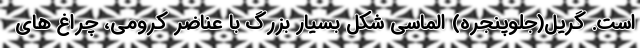
است. گریل(جلوپنجره) الماسی شکل بسیار بزرگ با عناضر کرومی، چراغ های